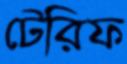
টেরিফ